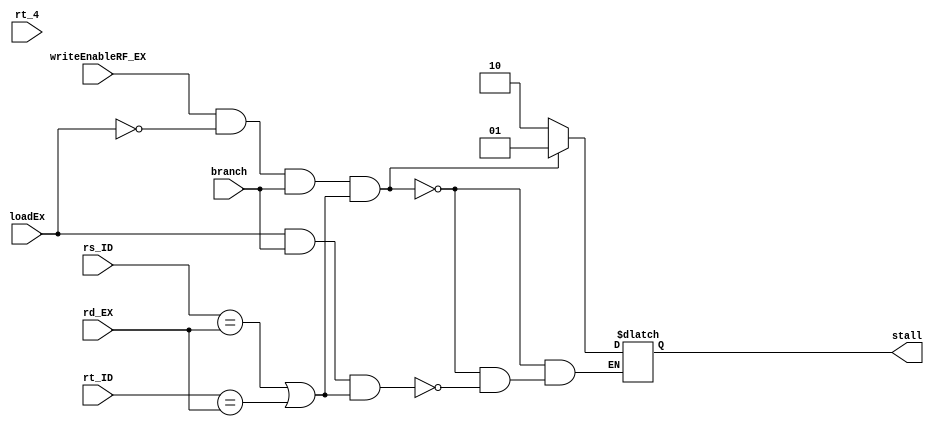
module HazzardUnitBranch(input [2:0] rs_ID, rt_ID, rd_EX, input branch, writeEnableRF_EX, loadEx,
 input [2:0] rt_4, output reg[1:0] stall);

	// initial stall = 0;
	always @(*) begin
		if((writeEnableRF_EX & (!loadEx) & branch) & (rs_ID == rd_EX | rt_ID == rd_EX)) begin
            stall = 2'b01;
        end
		else if((loadEx & branch) & (rs_ID == rd_EX | rt_ID == rd_EX))
            begin
            stall = 2'b10;
            end
        else 
            begin 
            stall <= stall;
            end
	end
endmodule

//////////&